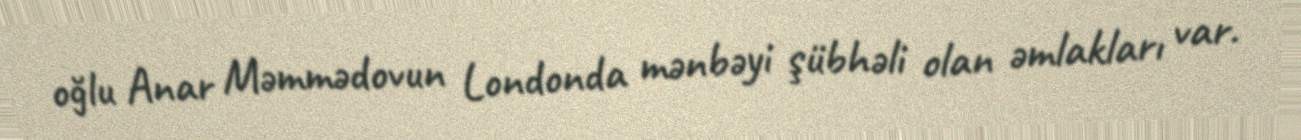
oğlu Anar Məmmədovun Londonda mənbəyi şübhəli olan əmlakları var.